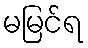
မမြင်ရ